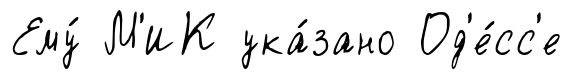
Ему́ М'ИК ука́зано Од'е́сс'е